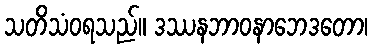
သတိသံဝရသည်။ ဒဿနဘာဝနာဘေဒတော၊